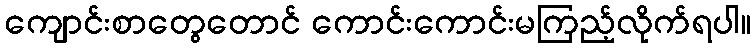
ကျောင်းစာတွေတောင် ကောင်းကောင်းမကြည့်လိုက်ရပါ။